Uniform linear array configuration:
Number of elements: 8
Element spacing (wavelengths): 0.5
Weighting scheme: cosine
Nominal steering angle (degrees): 60
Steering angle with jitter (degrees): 59.337
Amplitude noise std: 0.05
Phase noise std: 0.05

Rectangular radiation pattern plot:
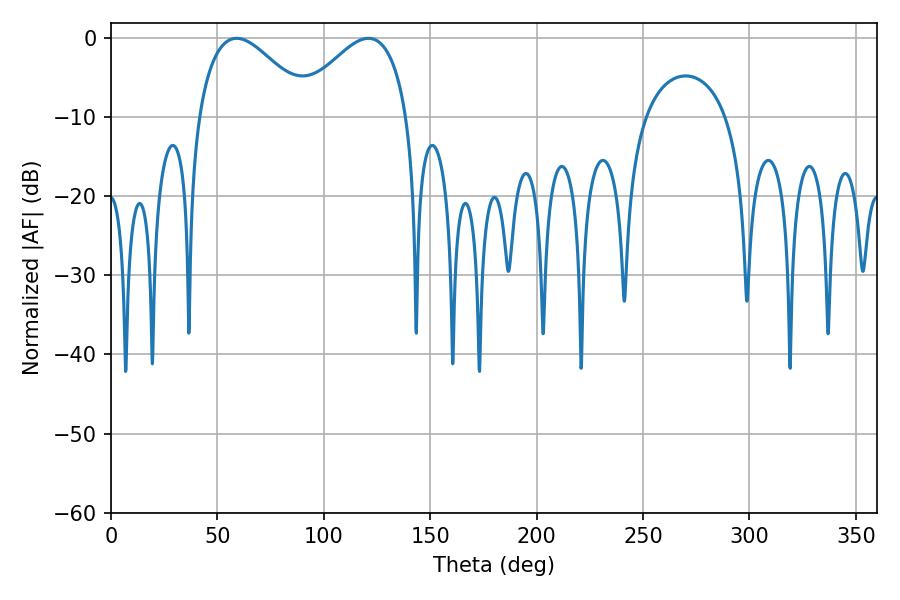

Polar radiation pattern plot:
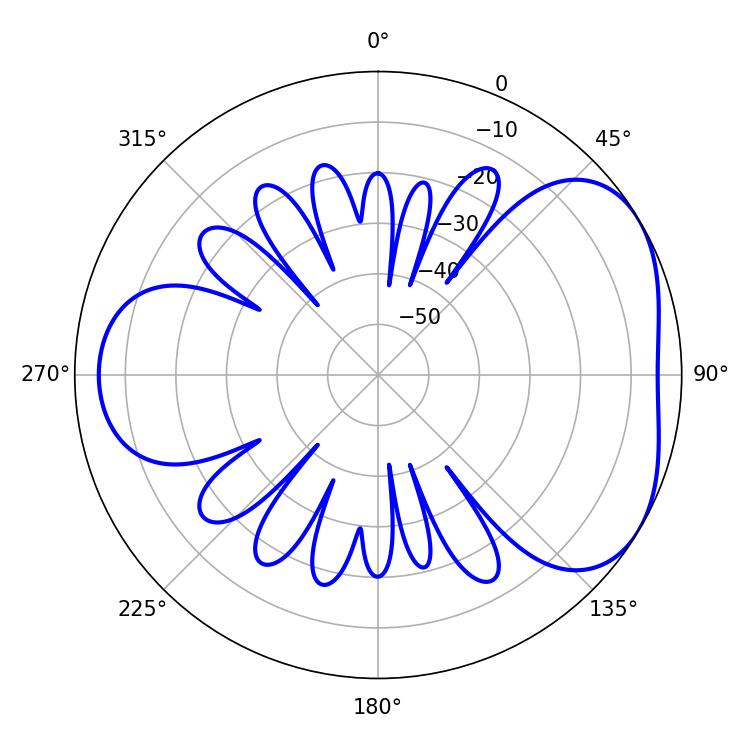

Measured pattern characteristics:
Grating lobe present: FALSE
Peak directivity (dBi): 4.258
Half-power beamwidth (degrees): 28.62
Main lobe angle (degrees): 59.04